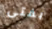
بفتى